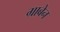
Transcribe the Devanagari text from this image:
ग्राबेन